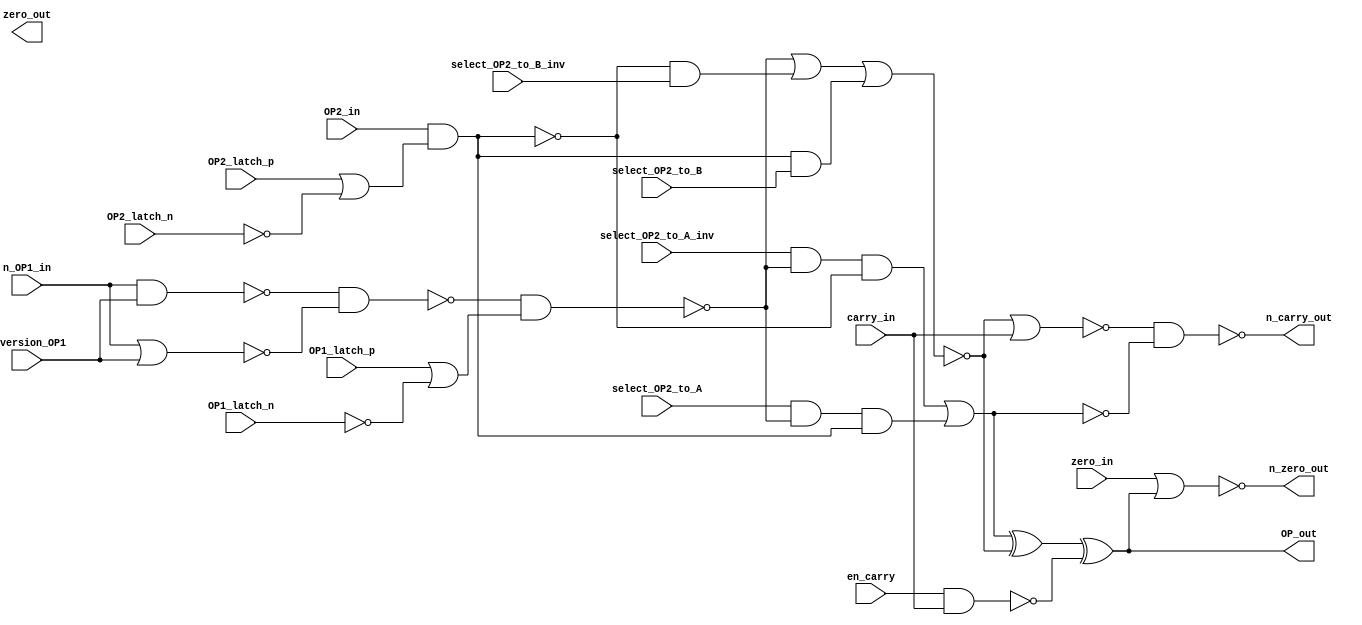


`timescale 1ns / 100ps

module ALU_1b(
	zero_in,
	zero_out,
	n_OP1_in,
	OP2_in,
	carry_in,
	OP_out,
	n_zero_out,
	n_carry_out,
	inversion_OP1,
	select_OP2_to_A,
	select_OP2_to_A_inv,
	select_OP2_to_B,
	select_OP2_to_B_inv,
	en_carry,
	OP1_latch_n,
	OP1_latch_p,
	OP2_latch_n,
	OP2_latch_p
);
	
input	zero_in;
output	zero_out;
input	n_OP1_in;
input	OP2_in;
input	carry_in;
output	OP_out;
output	n_zero_out;
output	n_carry_out;
input	inversion_OP1;
input	select_OP2_to_A;
input	select_OP2_to_A_inv;
input	select_OP2_to_B;
input	select_OP2_to_B_inv;
input	en_carry;
input	OP1_latch_n;
input	OP1_latch_p;
input	OP2_latch_n;
input	OP2_latch_p;

wire	w_OP_out, w_OP1_in;
wire	w_A_wire, w_B_wire, w_C_wire, w_D_wire;
wire	w_OP1_bf_FET, w_OP1_af_FET, w_OP2_bf_FET, w_OP2_af_FET;


assign n_zero_out	= ~(zero_in | OP_out);
assign OP_out		= w_OP_out;
assign w_OP_out		= w_C_wire ^ w_D_wire;
assign w_C_wire		= ~w_A_wire ^ w_B_wire;
assign w_D_wire		= ~(en_carry & carry_in);
assign n_carry_out	= ~(~(w_B_wire | carry_in) & w_A_wire);
assign w_A_wire		= ~((select_OP2_to_A_inv & w_OP1_af_FET & ~w_OP2_af_FET)|(select_OP2_to_A & w_OP1_af_FET & w_OP2_af_FET));
assign w_B_wire		= ~(w_OP1_af_FET | (~w_OP2_af_FET & select_OP2_to_B_inv) | (w_OP2_af_FET & select_OP2_to_B));
assign w_OP1_af_FET	= ~(w_OP1_bf_FET & (OP1_latch_p | ~OP1_latch_n));
assign w_OP1_bf_FET	= ~(~(n_OP1_in & inversion_OP1) & ~(n_OP1_in | inversion_OP1));
assign w_OP2_af_FET = (w_OP2_bf_FET & (OP2_latch_p | ~OP2_latch_n));
assign w_OP2_bf_FET	= OP2_in;


endmodule